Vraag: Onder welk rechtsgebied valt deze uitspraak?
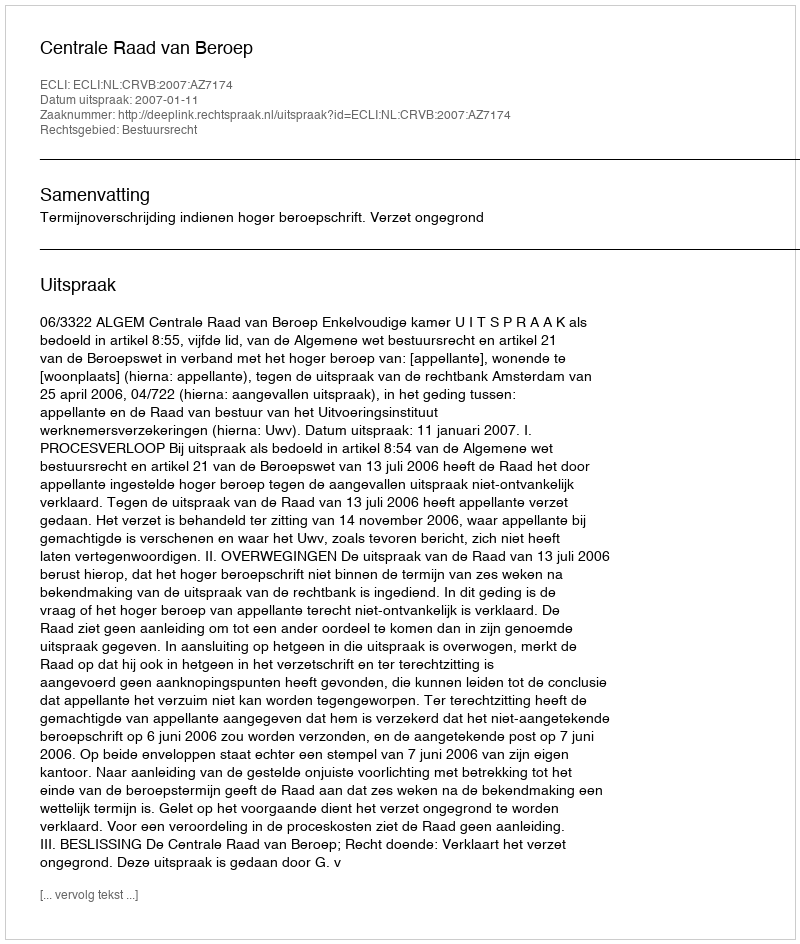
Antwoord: Bestuursrecht